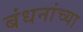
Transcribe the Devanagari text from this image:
बंधनांच्या